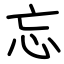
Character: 忘